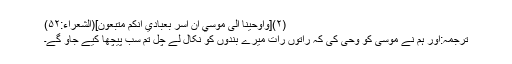
(۲)[وَاَوْحَيْنَآ اِلٰى مُوْسٰٓي اَنْ اَسْرِ بِعِبَادِيْٓ اِنَّكُمْ مُّتَّبَعُوْنَ](الشعراء:۵۲)
ترجمہ:اور ہم نے موسیٰ کو وحی کی کہ راتوں رات میرے بندوں کو نکال لے چل تم سب پیچھا کیے جاؤ گے۔